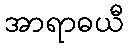
အာရာဓယီ